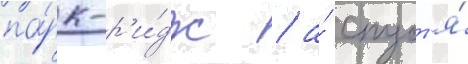
па́рк-р'и́дж / а́ спуст'я́